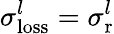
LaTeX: \sigma_{\mathrm{loss}}^{l}=\sigma_{\mathrm{r}}^{l}